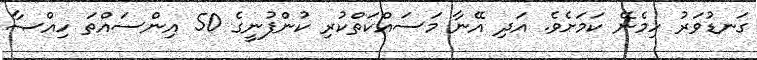
ގަނޑުވަރު ހިމެނޭ ކަމަށެވެ. އަދި އޭނާ މަސައްކަތްކުރި ކުންފުނީގެ 50 އިންސައްތަ ހިއްޞާ